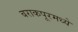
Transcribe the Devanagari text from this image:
बराकपूरमध्ये